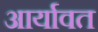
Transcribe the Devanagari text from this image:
आर्यावत